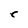
Character: r